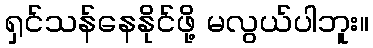
ရှင်သန်နေနိုင်ဖို့ မလွယ်ပါဘူး။